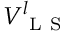
V _ { \mathrm { ~ L ~ S ~ } } ^ { l }